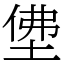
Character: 𡌅